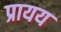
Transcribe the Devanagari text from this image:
प्रायय